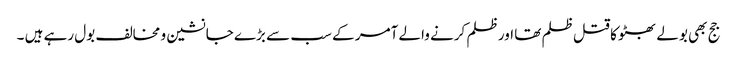
جج بھی بولے بھٹو کا قتل ظلم تھا اور ظلم کرنے والے آمر کے سب سے بڑے جانشین و مخالف بول رہے ہیں ۔